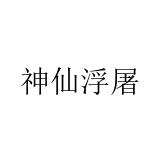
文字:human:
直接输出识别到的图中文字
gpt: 神仙浮屠